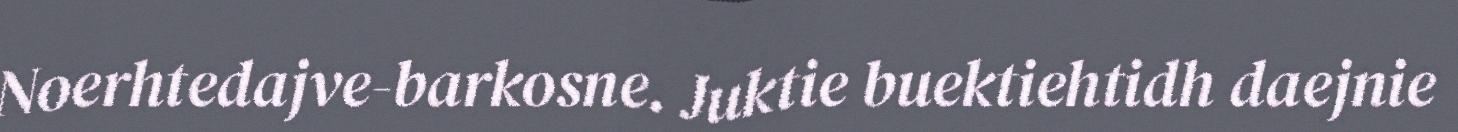
Noerhtedajve-barkosne. Juktie buektiehtidh daejnie